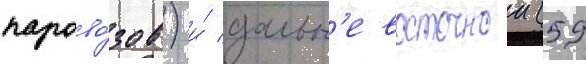
парово́зов) и́ дальн'евосточнои (59